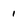
Character: 1